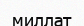
миллат